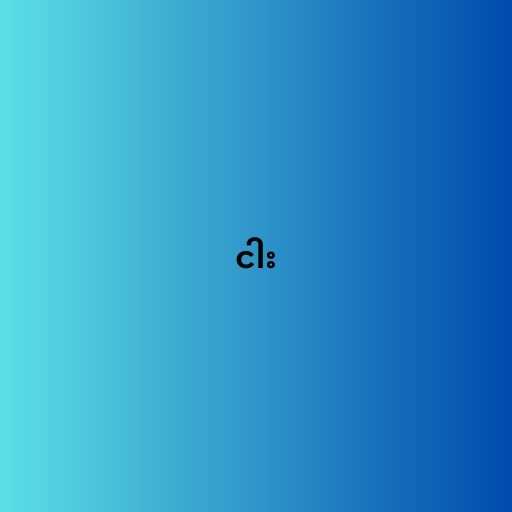
ငါး